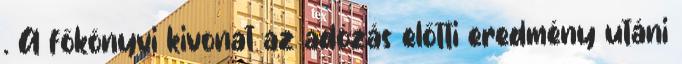
. A főkönyvi kivonat az adózás előtti eredmény utáni